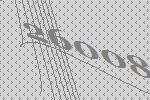
26008